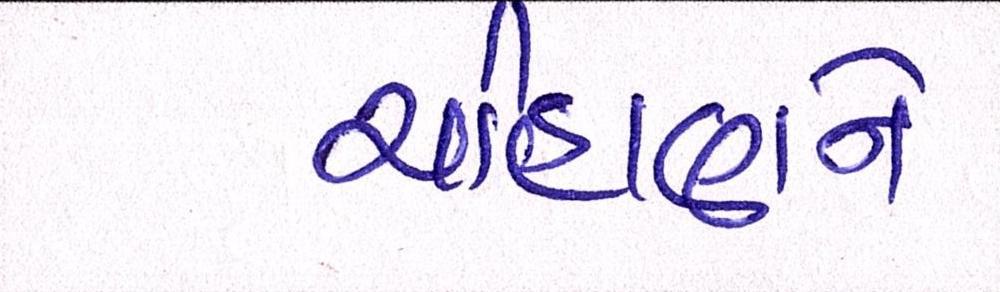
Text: ચૌહાણને